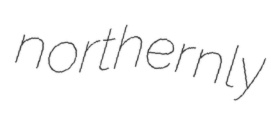
northernly